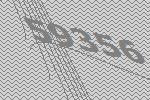
59356